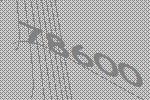
78600